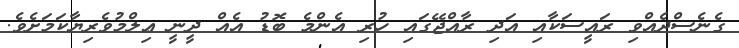
ގެނެސްދެއްވި ރައީސަކާއި އަދި ރާއްޖޭގައި ހުރި އެންމެ ބޮޑު އެއް ދީނީ ޢިލްމުވެރިޔާކަމަށެވެ.